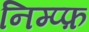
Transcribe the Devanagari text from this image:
निम्प्फ़